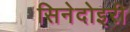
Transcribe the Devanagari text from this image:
सिनेदोइरी